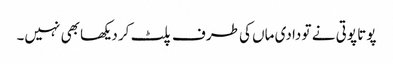
پوتا پوتی نے تو دادی ماں کی طرف پلٹ کر دیکھا بھی نہیں۔